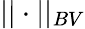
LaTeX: ||\cdot||_{BV}